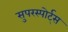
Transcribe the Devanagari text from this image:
सुपरस्पोर्ट्‌स